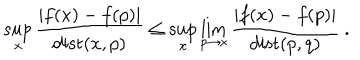
\sup _ { x } \frac { | f ( x ) - f ( p ) | } { \mathrm { d i s t } ( x , p ) } \leq \sup _ { x } \lim _ { p \to x } \frac { | f ( x ) - f ( p ) | } { \mathrm { d i s t } ( p , q ) } ~ .